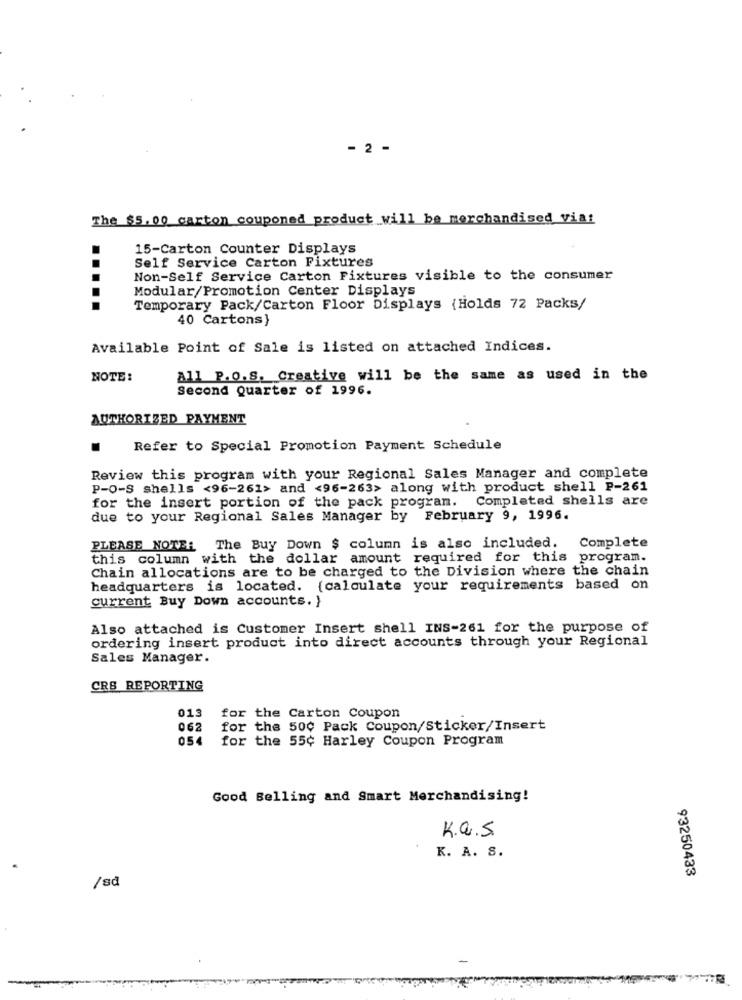
- 2 -
The $5. 00 carton couponed product will be merchandised viat
15-Carton Counter Displays
Self Service Carton Fixtures
Non-Self Service Carton Fixtures visible to the consumer
Modular/Promotion Center Displays
Temporary Pack/Carton Floor Displays {Holds 72 Packs/
40 Cartons)
Available Point of Sale is listed on attached Indices.
NOTE:
All P.O.S. Creative will be the same as used in the
Second Quarter of 1996.
AUTHORIZED PAYMENT
Refer to Special Promotion Payment Schedule
Review this program with your Regional Sales Manager and complete
P-O-S shells <96-261> and <96-263> along with product shell P-261
for the insert portion of the pack program. Completed shells are
due to your Regional Sales Manager by February 9, 1996.
PLEASE NOTE: The Buy Down $ column is also included. Complete
this column with the dollar amount required for this program.
Chain allocations are to be charged to the Division where the chain
headquarters is located. {calculate your requirements based on
current Buy Down accounts. }
Also attached is Customer Insert shell INS-261 for the purpose of
ordering insert product into direct accounts through your Regional
Sales Manager.
CRS REPORTING
013
for the Carton Coupon
062
for the 500 Pack Coupon/Sticker/Insert
054
for the 55¢ Harley Coupon Program
Good Belling and Smart Merchandising!
K.a.s
K. A. S.
/sd
93250433